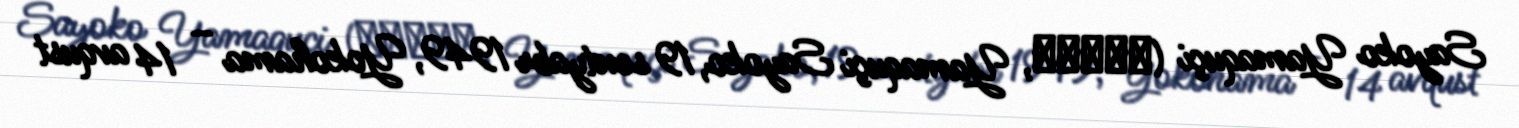
Sayoko Yamaquçi (山口小夜子, Yamaquçi Sayoko, 19 sentyabr 1949, Yokohama – 14 avqust